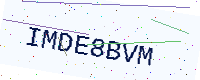
Text: IMDE8BVM